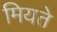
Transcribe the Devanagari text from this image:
मियते